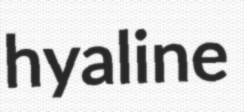
hyaline